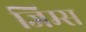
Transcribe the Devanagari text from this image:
जिम्स